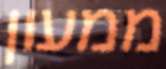
ממעון